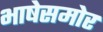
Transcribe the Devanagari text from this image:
भाषेसमोर